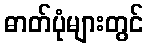
ဓာတ်ပုံများတွင်